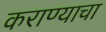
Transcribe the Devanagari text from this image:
कराण्याचा